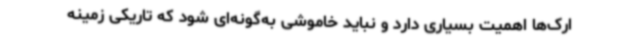
ارک‌ها اهمیت بسیاری دارد و نباید خاموشی به‌گونه‌ای شود که تاریکی زمینه